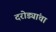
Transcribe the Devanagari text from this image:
दरोड्यांचा